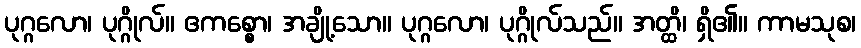
ပုဂ္ဂလော၊ ပုဂ္ဂိုလ်။ ဧကစ္စော၊ အချို့သော။ ပုဂ္ဂလော၊ ပုဂ္ဂိုလ်သည်။ အတ္ထိ၊ ရှိ၏။ ကာမသုစ၊